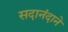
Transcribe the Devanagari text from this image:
सदानंदाने